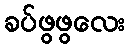
ခပ်ဖွဖွလေး